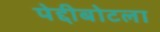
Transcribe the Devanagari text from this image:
पेद्दीबोटला